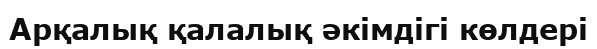
Арқалық қалалық әкімдігі көлдері